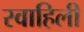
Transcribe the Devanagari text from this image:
स्‍वाहिली